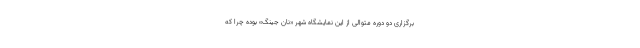
برگزاری دو دوره متوالی از این نمایشگاه شهر «نان جینگ» بوده چرا که